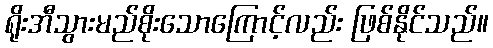
ရိုးအီသွားမည်စိုးသောကြောင့်လည်း ဖြစ်နိုင်သည်။